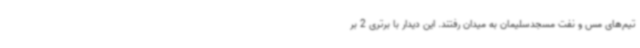
تیم‌های مس و نفت مسجدسلیمان به میدان رفتند. این دیدار با برتری 2 بر